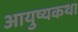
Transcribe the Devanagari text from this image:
आयुष्यकथा